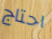
احتاج